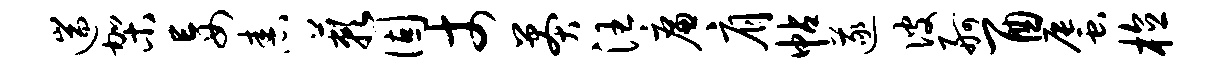
遄架妄舂蔌固丈莽汪廉肩帖遂彼舸酉蜃植